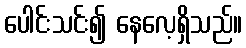
ပေါင်းသင်း၍ နေလေ့ရှိသည်။